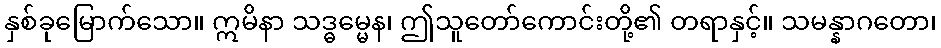
နှစ်ခုမြောက်သော။ ဣမိနာ သဒ္ဓမ္မေန၊ ဤသူတော်ကောင်းတို့၏ တရာနှင့်။ သမန္နာဂတော၊